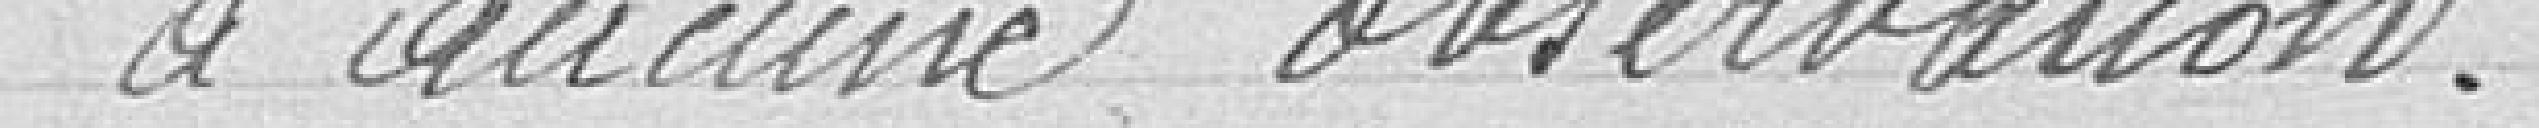
à aucune observation.